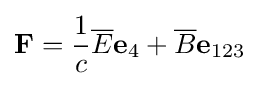
\mathbf {F} ={\frac {1}{c}}{\overline {E}}\mathbf {e} _{4}+{\overline {B}}\mathbf {e} _{123}